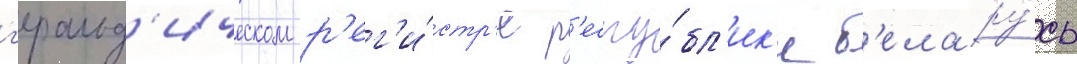
г'еральд'ическом р'ег'и́стр'е р'еспу́бл'ик'и б'елару́сь